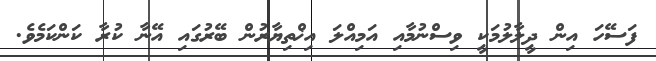
ފަސޭހަ އިން ދީލާލުމަކީ ވިސްނުމާއި އަމިއްލަ އިޚްތިޔާރުން ބޭރުގައި އޭނާ ކުރާ ކަންކަމެވެ.